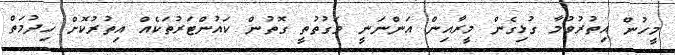
މީހުން އިތުރުވުމާ ގުޅިގެން މީރާއިން އަންނަނީ ވަގުތުތީ ގޮތުން ކައުންޓަރުތަކެއް އިތުރުކޮށް ހިދުމަތް